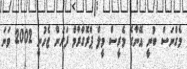
މެގްނަސް ބުނީ އޭނާގެ މެރީސް މީލް ޕްރޮގްރާމް ފަށަން ޖެހުނީ 2002 ވަނަ